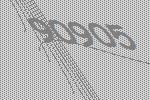
90905